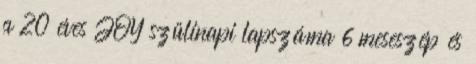
a 20 éves JOY szülinapi lapszáma 6 meseszép és